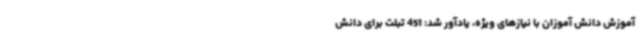
آموزش دانش آموزان با نیازهای ویژه، یادآور شد: 451 تبلت برای دانش